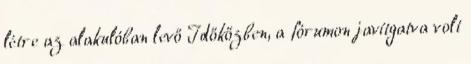
létre az alakulóban levő Időkőzben, a fórumon javítgatva volt